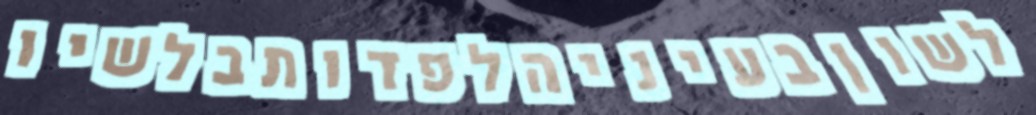
לשוןבעיניהלפדותבלשיו